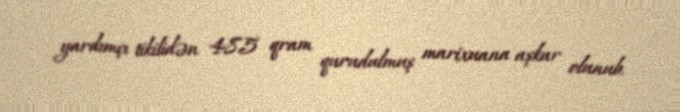
yardımçı tikilidən 485 qram qurudulmuş marixuana aşkar olunub.